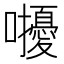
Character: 𡅒